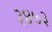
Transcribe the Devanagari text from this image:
३४७३